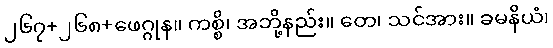
၂၆၇+၂၆၈+ဖေဂ္ဂုန။ ကစ္စိ၊ အဘို့နည်း။ တေ၊ သင်အား။ ခမနိယံ၊